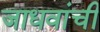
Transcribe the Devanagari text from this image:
जाधवांची